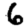
Digit: 6